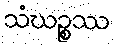
သံဃဉ္စဿ